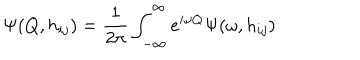
\Psi ( Q , h _ { i j } ) = \frac { 1 } { 2 \pi } \int _ { - \infty } ^ { \infty } e ^ { i \omega Q } \Psi ( \omega , h _ { i j } )